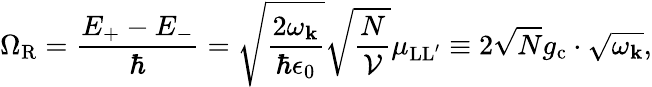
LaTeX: \Omega_{\mathrm{R}}=\frac{E_{+}-E_{-}}{\hbar}=\sqrt{\frac{2\omega_{\mathbf k}}{\hbar\epsilon_{0}}}\sqrt{\frac{N}{\mathcal V}}{\mu_{\mathrm{LL^{\prime}}}}\equiv 2\sqrt{N}g_{\mathrm{c}}\cdot\sqrt{\omega_{\mathbf k}},